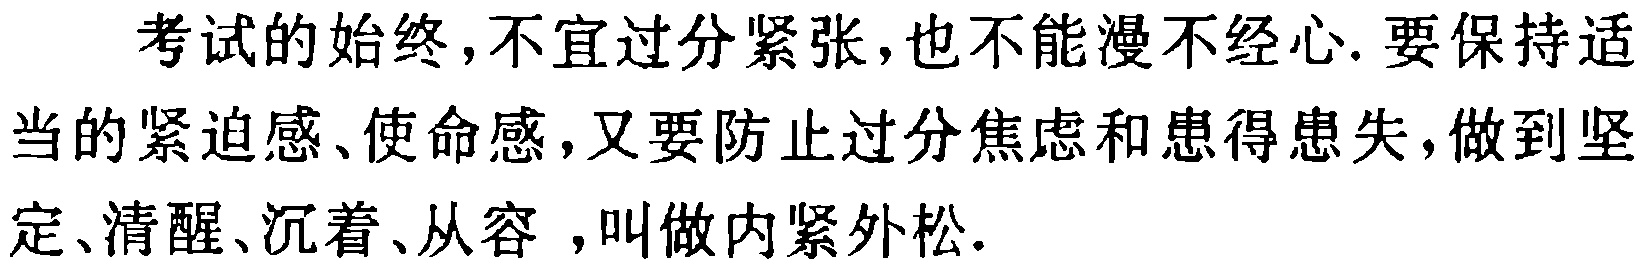
考试的始终,不宜过分紧张,也不能漫不经心. 要保持适当的紧迫感、使命感,又要防止过分焦虑和患得患失,做到坚定、清醒、沉着、从容 ,叫做内紧外松.